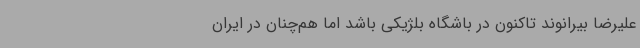
علیرضا بیرانوند تاکنون در باشگاه بلژیکی باشد اما هم‌چنان در ایران